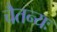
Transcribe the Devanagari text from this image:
चैतन्यः